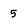
Character: 5